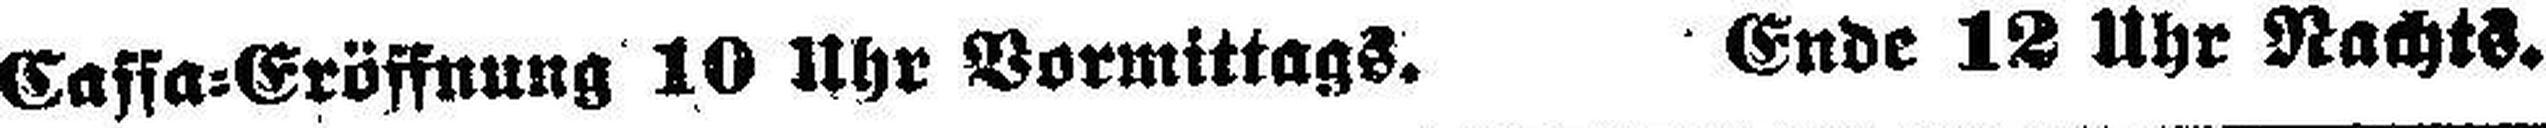
Cassa=Eröffnung 10 Uhr Vormittags. Ende 12 Uhr Nachts.